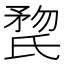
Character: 𣱏